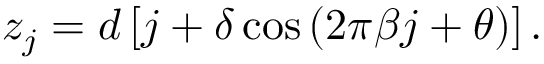
z _ { j } = d \left[ j + \delta \cos { ( 2 \pi \beta j + \theta ) } \right] .